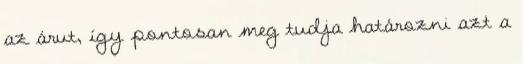
az árut, így pontosan meg tudja határozni azt a